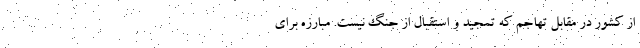
از کشور در مقابل تهاجم که تمجید و استقبال از جنگ نیست. مبارزه برای